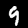
Digit: 9